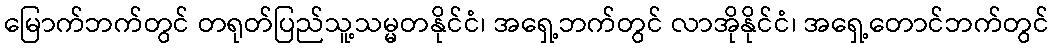
မြောက်ဘက်တွင် တရုတ်ပြည်သူ့သမ္မတနိုင်ငံ၊ အရှေ့ဘက်တွင် လာအိုနိုင်ငံ၊ အရှေ့တောင်ဘက်တွင်